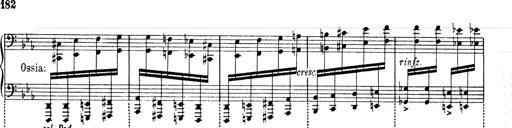
Title: 6 Polish Songs
Composer: Franz Liszt